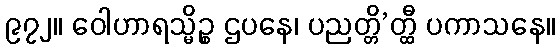
၉၇၂။ ဝေါဟာရသ္မိဉ္စ ဌပနေ၊ ပညတ္တိ’တ္ထီ ပကာသနေ။